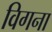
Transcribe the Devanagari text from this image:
विगना